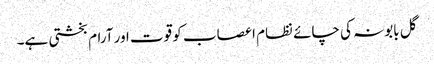
گل بابونہ کی چائے نظام اعصاب کو قوت اور آرام بخشتی ہے۔